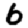
Digit: 6